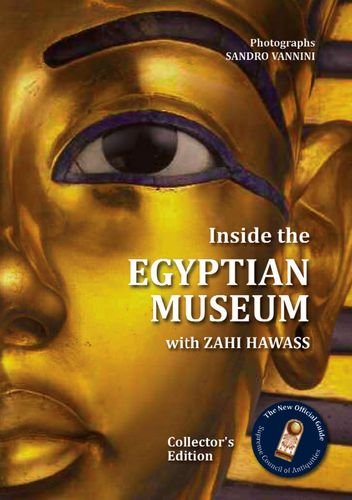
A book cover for Inside the Egyptian Museum with Zahi Hawass: Collector's Edition; Zahi Hawass; History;